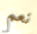
نعم